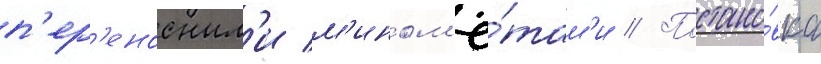
п'ер'еносным'и м'ином'ё́там'и // Постано́вка